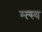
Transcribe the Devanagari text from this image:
म्त्स्य